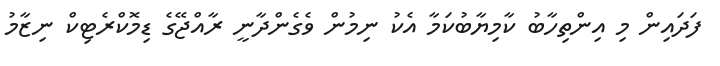
ފަދައިން މި އިންތިހާބު ކާމިޔާބުކަމާ އެކު ނިމުން ވެގެންދާނީ ރާއްޖޭގެ ޑިމޮކްރެޓިކް ނިޒާމު